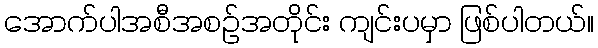
အောက်ပါအစီအစဉ်အတိုင်း ကျင်းပမှာ ဖြစ်ပါတယ်။